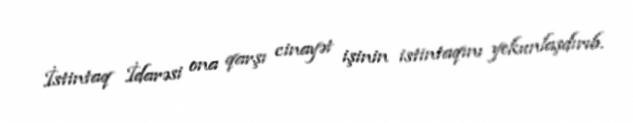
İstintaq İdarəsi ona qarşı cinayət işinin istintaqını yekunlaşdırıb.